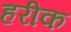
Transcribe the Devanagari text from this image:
हरीक